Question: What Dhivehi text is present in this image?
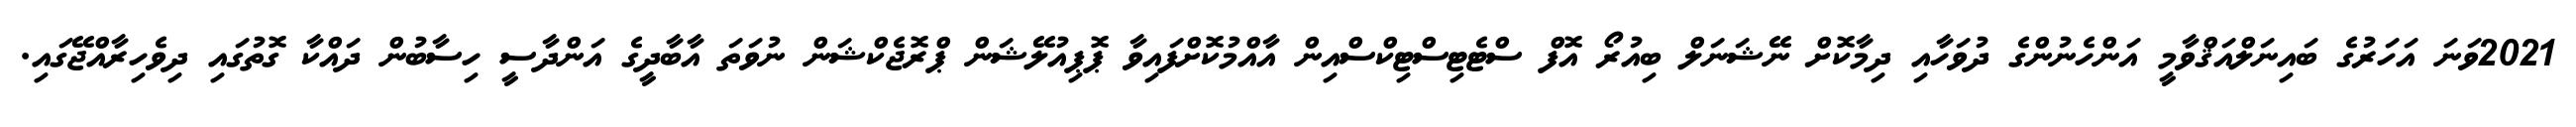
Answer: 2021ވަނަ އަހަރުގެ ބައިނަލްއަޤްވާމީ އަންހެނުންގެ ދުވަހާއި ދިމާކޮށް ނޭޝަނަލް ބިއުރޯ އޮފް ސްޓެޓިސްޓިކްސްއިން އާއްމުކޮށްފައިވާ ޕޮޕިއުލޭޝަން ޕްރޮޖެކްޝަން ނުވަތަ އާބާދީގެ އަންދާސީ ހިސާބުން ދައްކާ ގޮތުގައި ދިވެހިރާއްޖޭގައި.